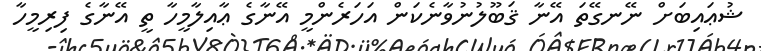
ޝުޢައިބަށް ނޭނގޭތަ އޭނާ ޤަބޫލުނުވާނެކަން އަހަރެންމީ އޭނާގެ ޢާއިލާމީހާ ތީ އޭނާގެ ފިރިމީހާ